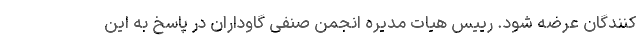
کنندگان عرضه شود. رییس هیات مدیره انجمن صنفی گاوداران در پاسخ به این